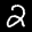
Label: 2